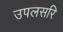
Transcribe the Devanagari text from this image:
उपलसरि